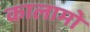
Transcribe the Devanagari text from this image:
कालामो